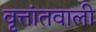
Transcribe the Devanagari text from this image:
वृत्तांतवाली